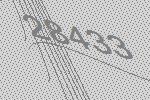
28433